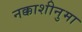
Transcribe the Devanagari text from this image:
नक्काशीनुमा